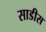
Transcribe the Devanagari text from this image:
साडीस